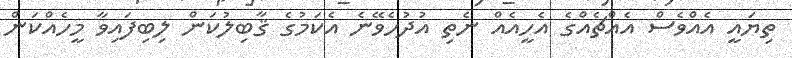
ތިޔައީ އެއްވެސް އެއްޗެއްގެ އެހީއެއް ނެތި އުދުހެވޭނެ އެކަމުގެ ޤާބިލުކަން ލިބިފައިވާ މީހެއްކަން